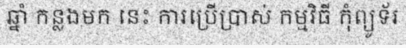
ឆ្នាំ កន្លងមក នេះ ការប្រើប្រាស់ កម្មវិធី កុំព្យូទ័រ